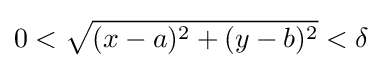
0<{\sqrt {(x-a)^{2}+(y-b)^{2}}}<\delta